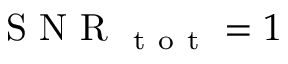
\mathrm { ~ S ~ N ~ R ~ } _ { \mathrm { ~ t ~ o ~ t ~ } } = 1